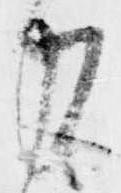
力